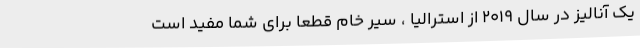
یک آنالیز در سال 2019 از استرالیا ، سیر خام قطعاً برای شما مفید است